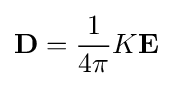
\mathbf {D} ={\frac {1}{4\pi }}K\mathbf {E}